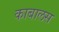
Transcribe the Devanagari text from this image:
काबालस